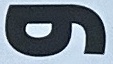
و